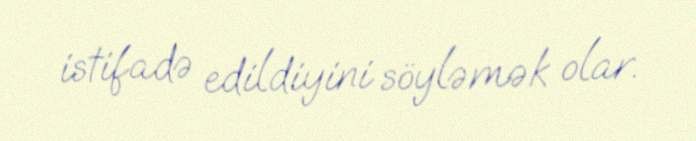
istifadə edildiyini söyləmək olar.